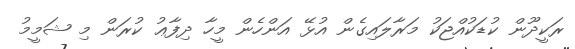
ރަކީދޫން ކުޑަކުއްޖަކު މަރާލައިގެން އުޅޭ އަންހެން މީހާ ދިފާޢު ކުރަން މި ޝަމީމު